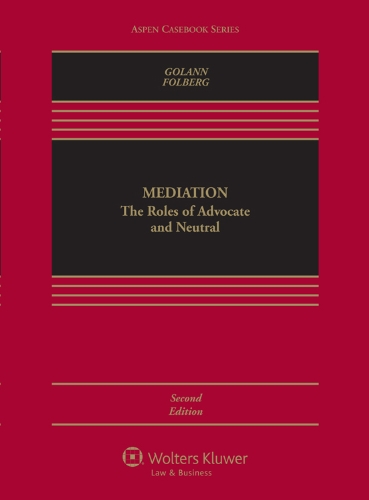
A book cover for Mediation: The Roles of Advocate and Neutral, Second Edition (Aspen Casebooks); Dwight Golann; Law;